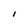
Character: I